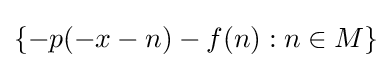
\{-p(-x-n)-f(n):n\in M\}